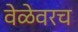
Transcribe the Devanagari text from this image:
वेळेवरच